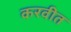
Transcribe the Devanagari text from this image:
करवीत